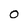
Character: O